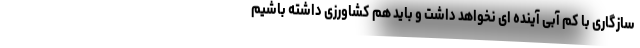
سازگاری با کم آبی آینده ای نخواهد داشت و باید هم کشاورزی داشته باشیم